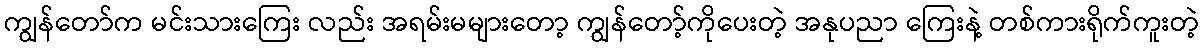
ကျွန်တော်က မင်းသားကြေး လည်း အရမ်းမများတော့ ကျွန်တော့်ကိုပေးတဲ့ အနုပညာ ကြေးနဲ့ တစ်ကားရိုက်ကူးတဲ့